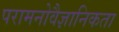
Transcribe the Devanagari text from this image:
परामनोवैज्ञानिकता